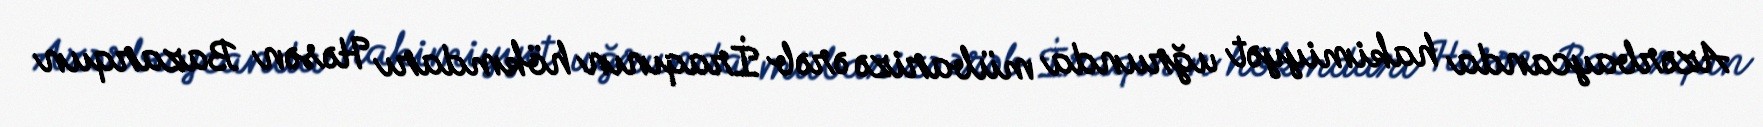
Azərbaycanda hakimiyyət uğrunda mübarizə ərəb İraqının hökmdarı Həsən Bazarqun